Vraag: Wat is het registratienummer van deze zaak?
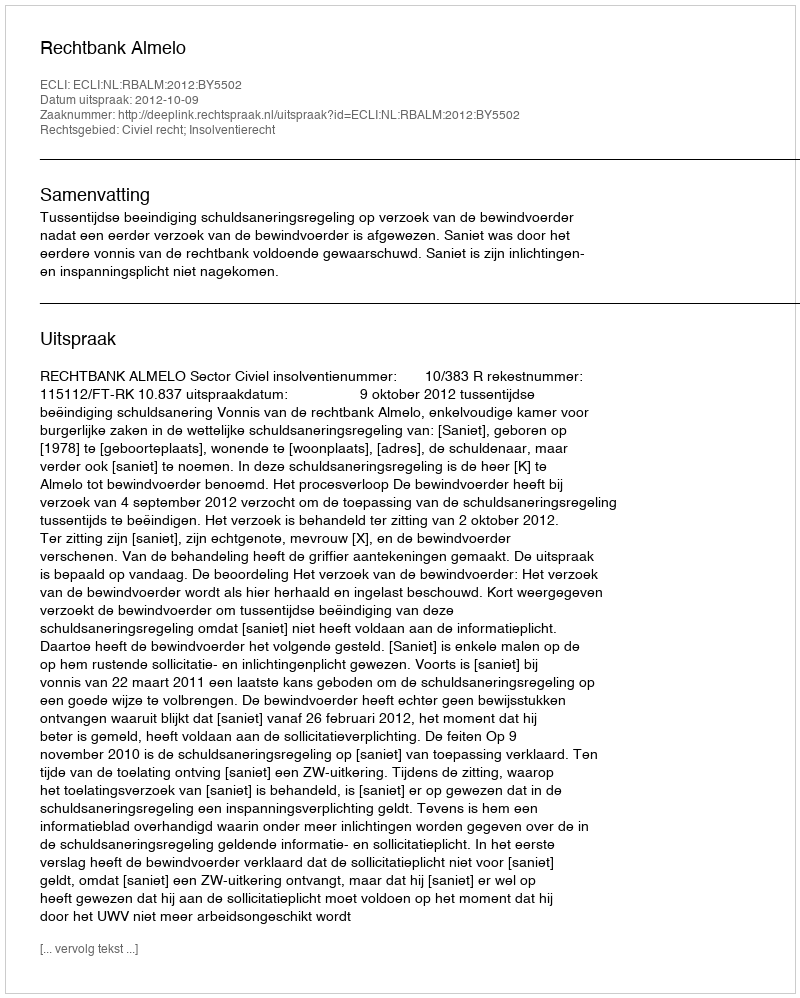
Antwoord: http://deeplink.rechtspraak.nl/uitspraak?id=ECLI:NL:RBALM:2012:BY5502